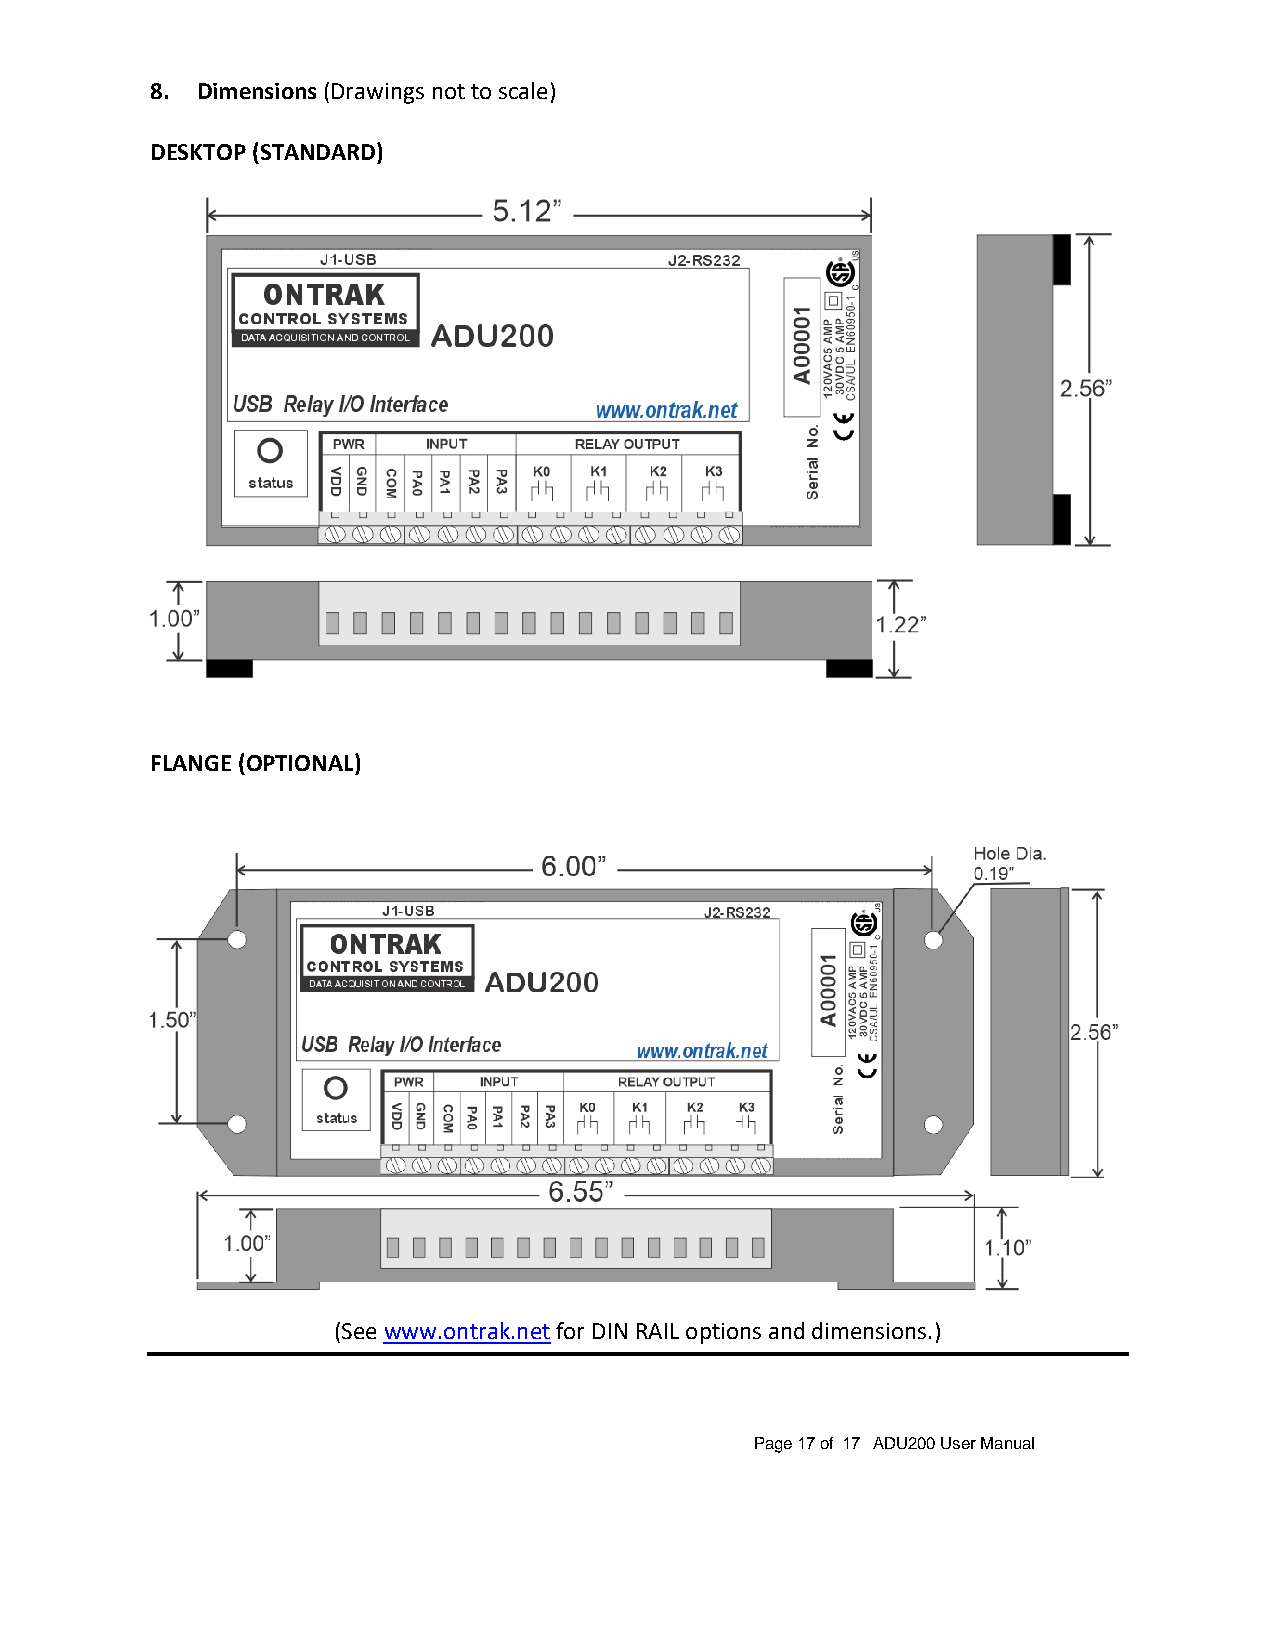
8. Dimensions (Drawings not to scale)
 DESKTOP (STANDARD)
 FLANGE (OPTIONAL)
 (See www.ontrak.net for DIN RAIL options and dimensions.)
 Page 17 of 17 ADU200 User Manual